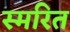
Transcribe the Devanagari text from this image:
स्मरित